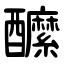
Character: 醿